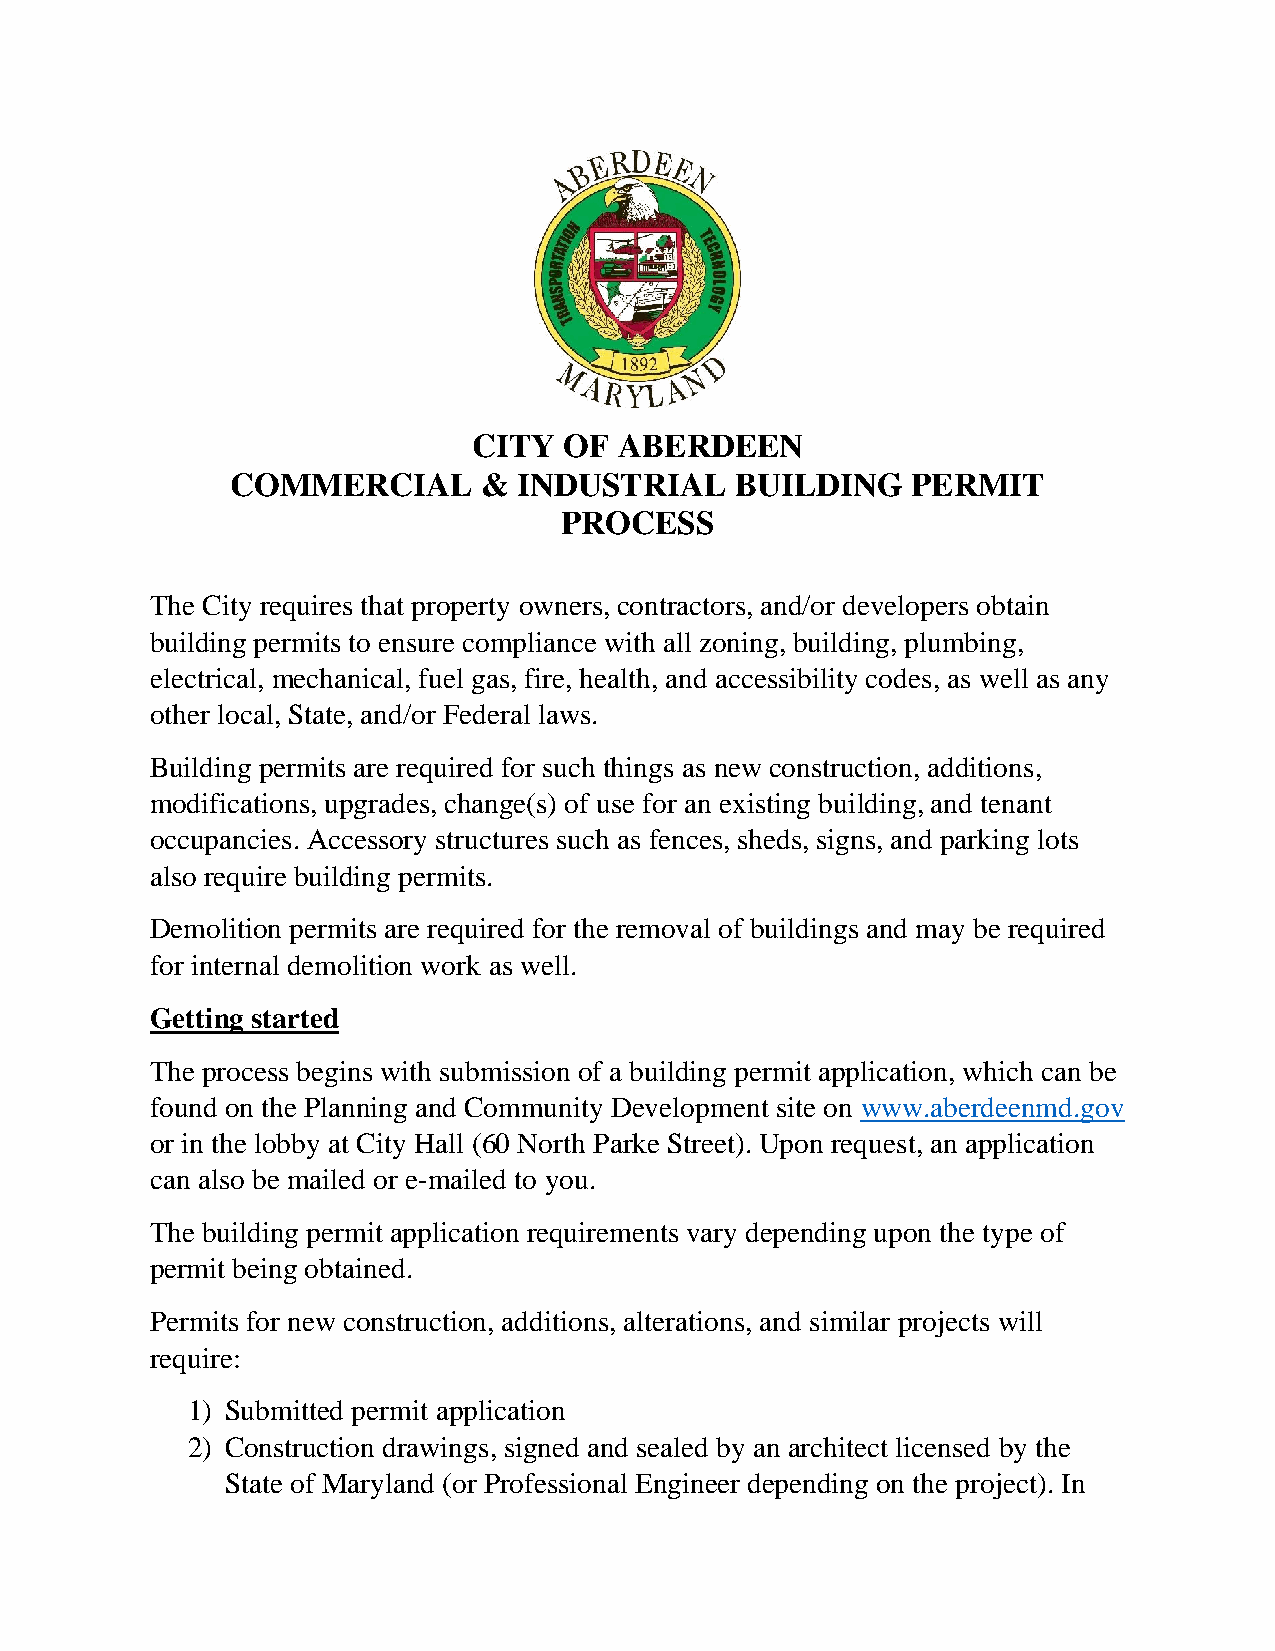
CITY  OF  ABERDEEN
 COMMERCIAL       & INDUSTRIAL     BUILDING   PERMIT
 PROCESS
 The City requires that property owners, contractors, and/or developers obtain
 building permits to ensure compliance with all zoning, building, plumbing,
 electrical, mechanical, fuel gas, fire, health, and accessibility codes, as well as any
 other local, State, and/or Federal laws.
 Building permits are required for such things as new construction, additions,
 modifications, upgrades, change(s) of use for an existing building, and tenant
 occupancies. Accessory structures such as fences, sheds, signs, and parking lots
 also require building permits.
 Demolition permits are required for the removal of buildings and may be required
 for internal demolition work as well.
 Getting started
 The process begins with submission of a building permit application, which can be
 found on the Planning and Community Development site on www.aberdeenmd.gov
 or in the lobby at City Hall (60 North Parke Street). Upon request, an application
 can also be mailed or e-mailed to you.
 The building permit application requirements vary depending upon the type of
 permit being obtained.
 Permits for new construction, additions, alterations, and similar projects will
 require:
 1) Submitted permit application
 2) Construction drawings, signed and sealed by an architect licensed by the
 State of Maryland (or Professional Engineer depending on the project). In